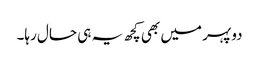
دوپہر میں بھی کچھ یہ ہی حال رہا۔